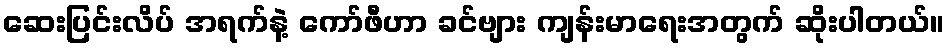
ဆေးပြင်းလိပ် အရက်နဲ့ ကော်ဖီဟာ ခင်ဗျား ကျန်းမာရေးအတွက် ဆိုးပါတယ်။